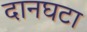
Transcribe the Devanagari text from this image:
दानघटा